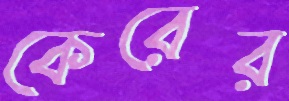
কেরের